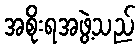
အစိုးရအဖွဲ့သည်